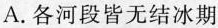
A.各河段皆无结冰期